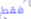
فقط